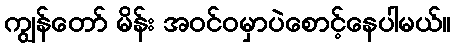
ကျွန်တော် မိန်း အဝင်ဝမှာပဲစောင့်နေပါမယ်။